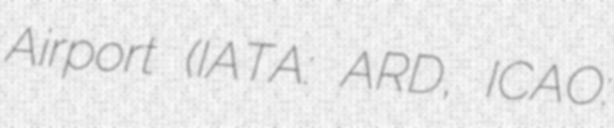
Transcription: Airport (IATA: ARD, ICAO: